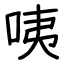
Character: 咦